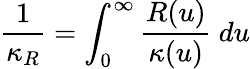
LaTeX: \frac{1}{\kappa_{R}}=\int_{0}^{\infty}\frac{R(u)}{\kappa(u)}~du